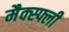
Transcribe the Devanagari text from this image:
मैक्स्फ्ली